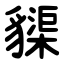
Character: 䝣